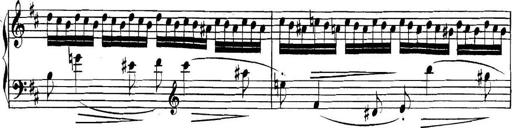
Title: Collected Piano Sonatas
Composer: Muzio Clementi